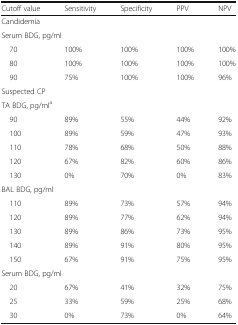
<table><thead><tr><td><b>Cutoff value</b></td><td><b>Sensitivity</b></td><td><b>Specificity</b></td><td><b>PPV</b></td><td><b>NPV</b></td></tr></thead><tbody><tr><td colspan="5">Candidemia</td></tr><tr><td colspan="5">Serum BDG, pg/ml</td></tr><tr><td> 70</td><td>100%</td><td>100%</td><td>100%</td><td>100%</td></tr><tr><td> 80</td><td>100%</td><td>100%</td><td>100%</td><td>100%</td></tr><tr><td> 90</td><td>75%</td><td>100%</td><td>100%</td><td>96%</td></tr><tr><td colspan="5">Suspected CP</td></tr><tr><td colspan="5">TA BDG, pg/ml<sup>a</sup></td></tr><tr><td> 90</td><td>89%</td><td>55%</td><td>44%</td><td>92%</td></tr><tr><td> 100</td><td>89%</td><td>59%</td><td>47%</td><td>93%</td></tr><tr><td> 110</td><td>78%</td><td>68%</td><td>50%</td><td>88%</td></tr><tr><td> 120</td><td>67%</td><td>82%</td><td>60%</td><td>86%</td></tr><tr><td> 130</td><td>0%</td><td>70%</td><td>0%</td><td>83%</td></tr><tr><td colspan="5">BAL BDG, pg/ml</td></tr><tr><td> 110</td><td>89%</td><td>73%</td><td>57%</td><td>94%</td></tr><tr><td> 120</td><td>89%</td><td>77%</td><td>62%</td><td>94%</td></tr><tr><td> 130</td><td>89%</td><td>86%</td><td>73%</td><td>95%</td></tr><tr><td> 140</td><td>89%</td><td>91%</td><td>80%</td><td>95%</td></tr><tr><td> 150</td><td>67%</td><td>91%</td><td>75%</td><td>95%</td></tr><tr><td colspan="5">Serum BDG, pg/ml</td></tr><tr><td> 20</td><td>67%</td><td>41%</td><td>32%</td><td>75%</td></tr><tr><td> 25</td><td>33%</td><td>59%</td><td>25%</td><td>68%</td></tr><tr><td> 30</td><td>0%</td><td>73%</td><td>0%</td><td>64%</td></tr></tbody></table>